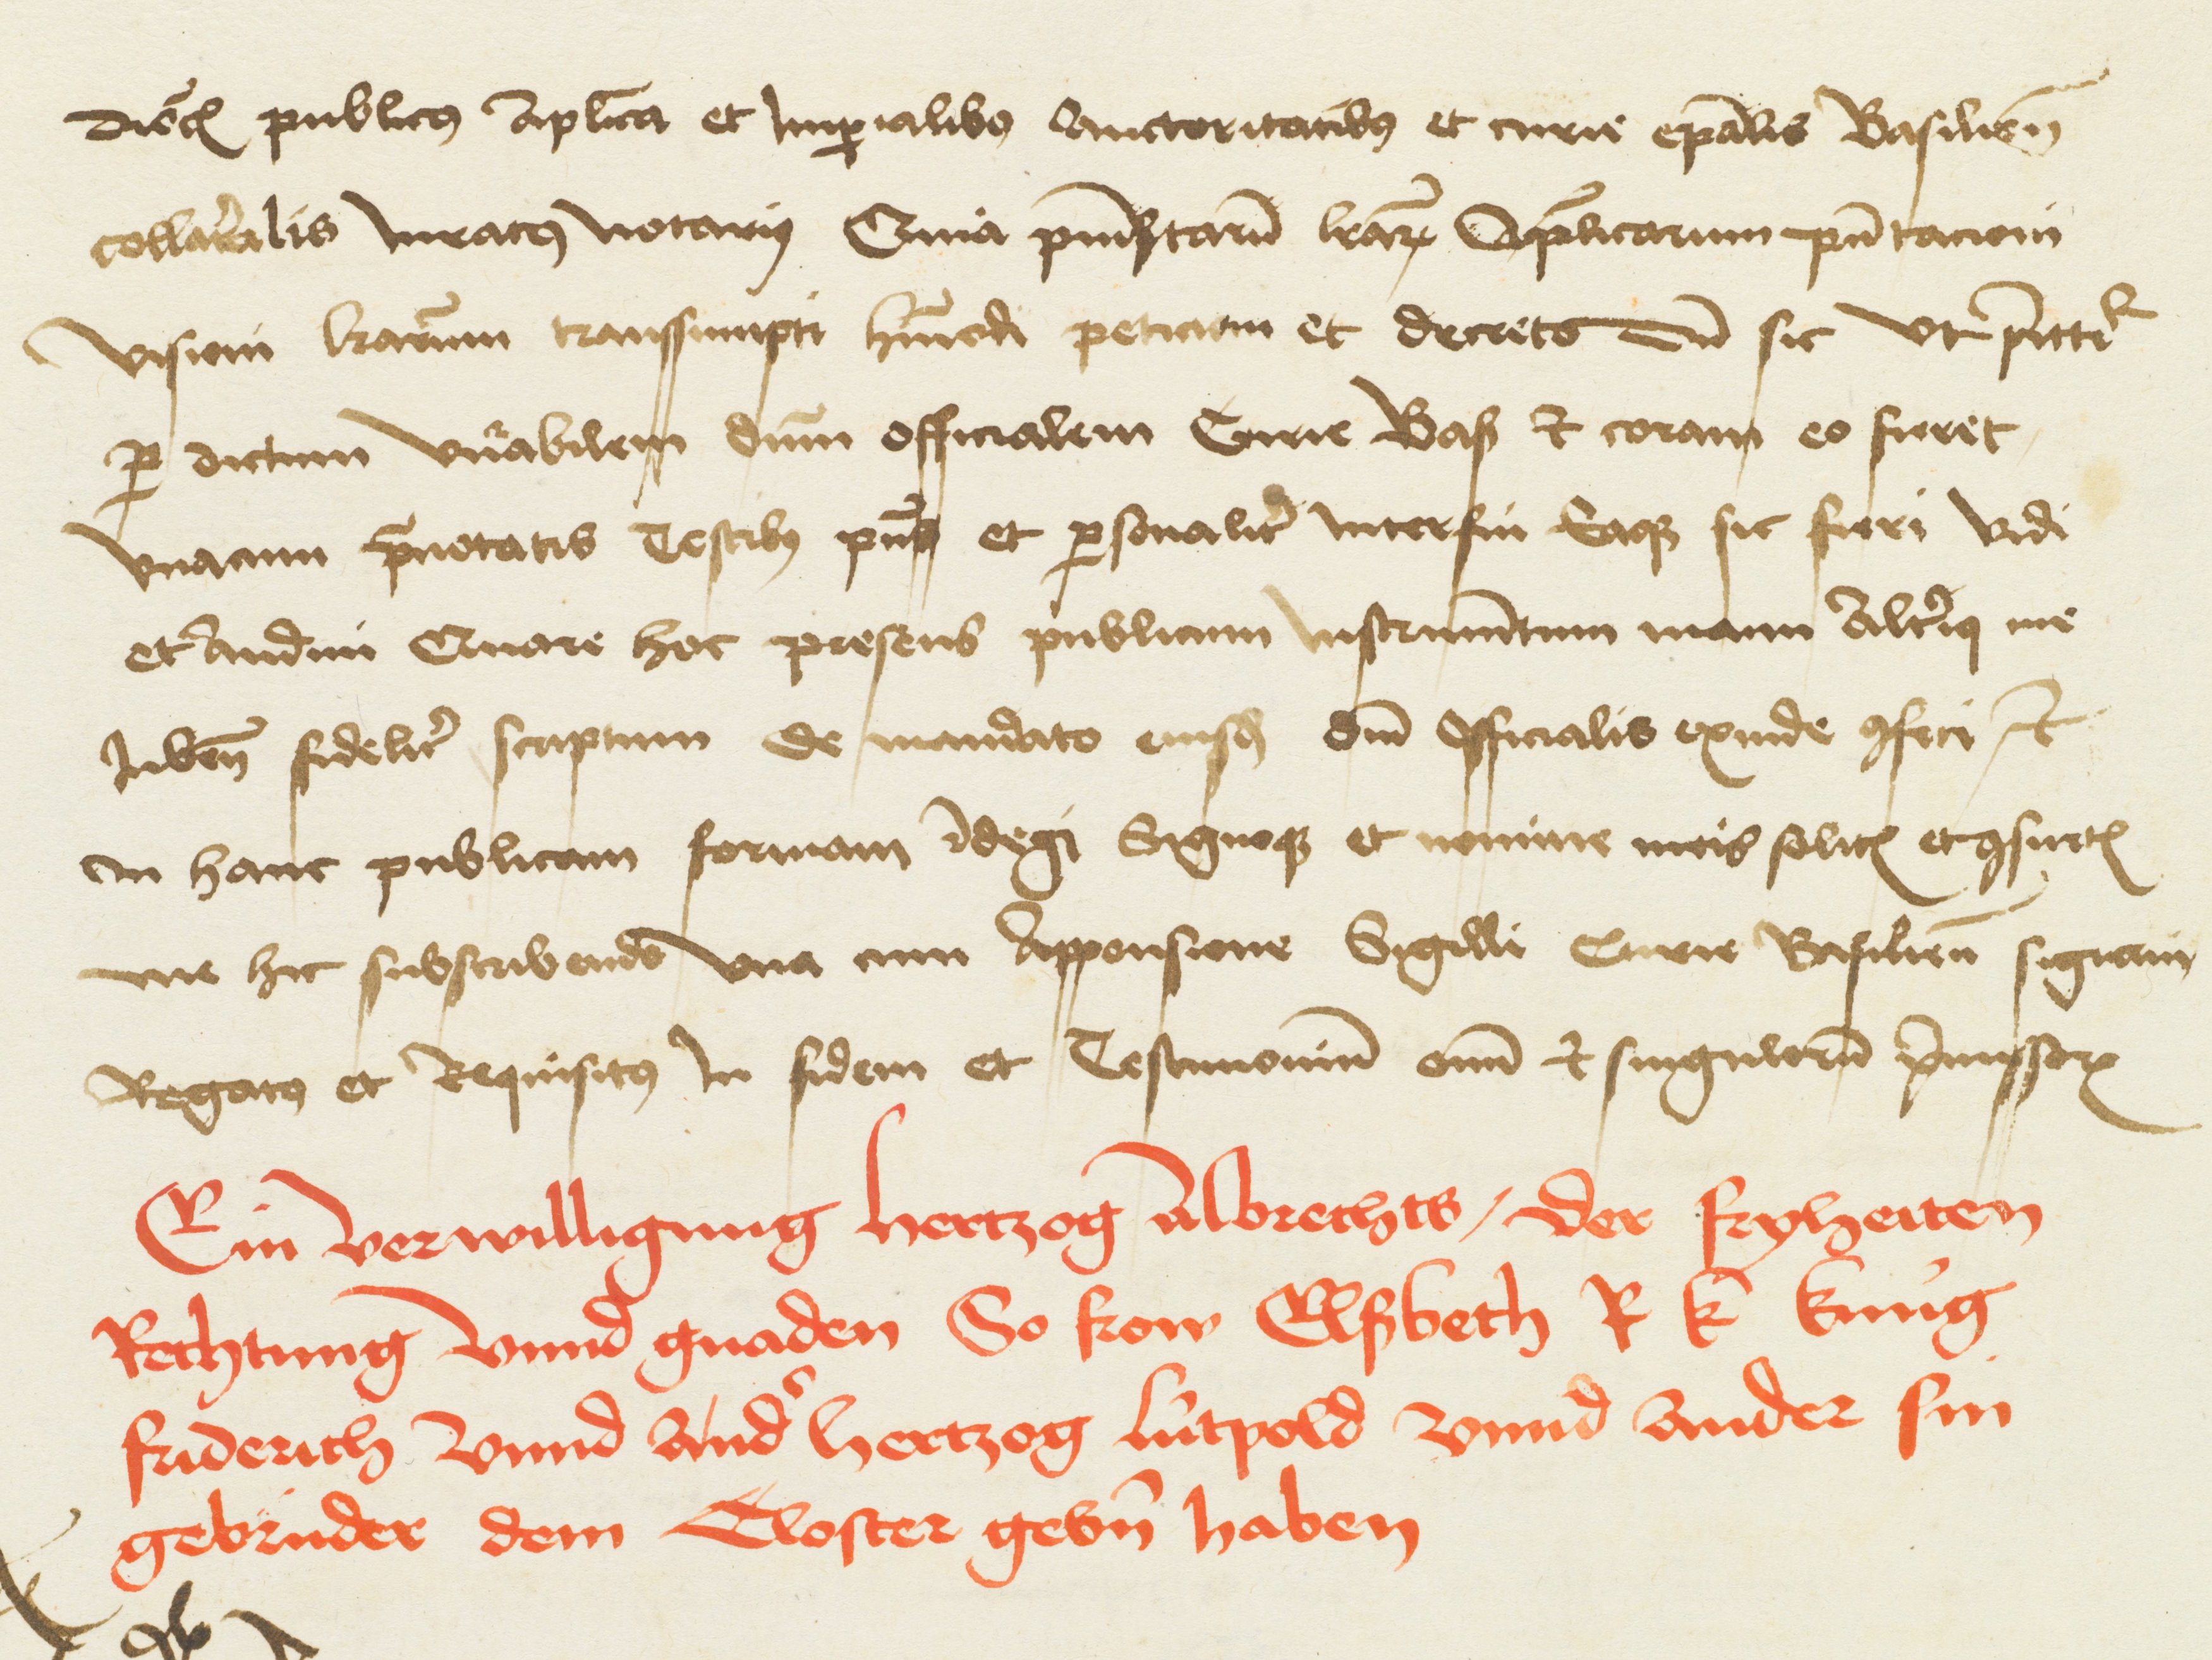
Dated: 1480–1528